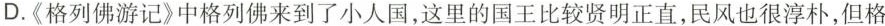
D.《格列佛游记》中格列佛来到了小人国，这里的国王比较贤明正直，民风也很淳朴，但格